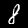
Digit: 8